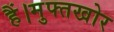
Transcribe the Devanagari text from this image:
हैं।मुफ्तखोर